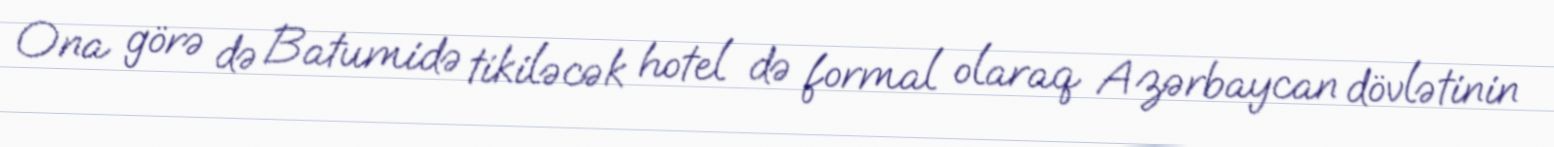
Ona görə də Batumidə tikiləcək hotel də formal olaraq Azərbaycan dövlətinin